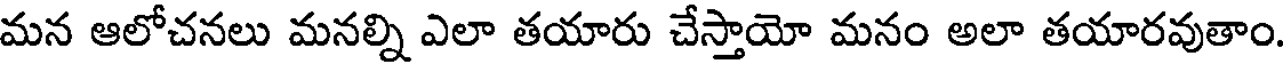
మన ఆలోచనలు మనల్ని ఎలా తయారు చేస్తాయో మనం అలా తయారవుతాం